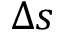
\Delta s